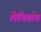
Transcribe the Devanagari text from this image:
लेक्सिंग